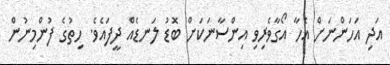
އަދި އަހަންނަށް އެހާ އޯގާވެރިވި އިންސާނަކަށް ބޮޑު ލަނޑެއް ދީފައެވެ. ހިތުގެ ފުންމިނުން